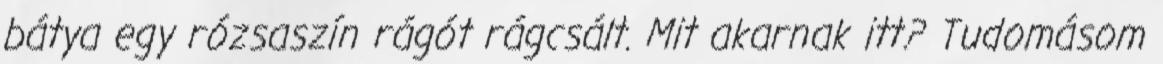
bátya egy rózsaszín rágót rágcsált. Mit akarnak itt? Tudomásom